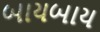
બાયબાય